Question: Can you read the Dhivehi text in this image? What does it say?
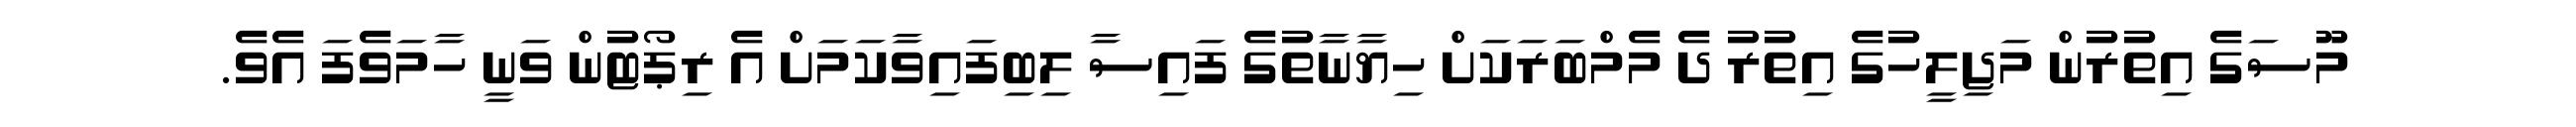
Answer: މޫސަގެ އިތުރުން މަޖިލީހުގެ އިތުރު ދެ މެމްބަރަކަށް ހިޔާނާތުގެ ފައިސާ ލިބިފައިވާކަމަށް އެ ރިޕޯޓުން ވަނީ ހާމަވެފަ އެވެ.